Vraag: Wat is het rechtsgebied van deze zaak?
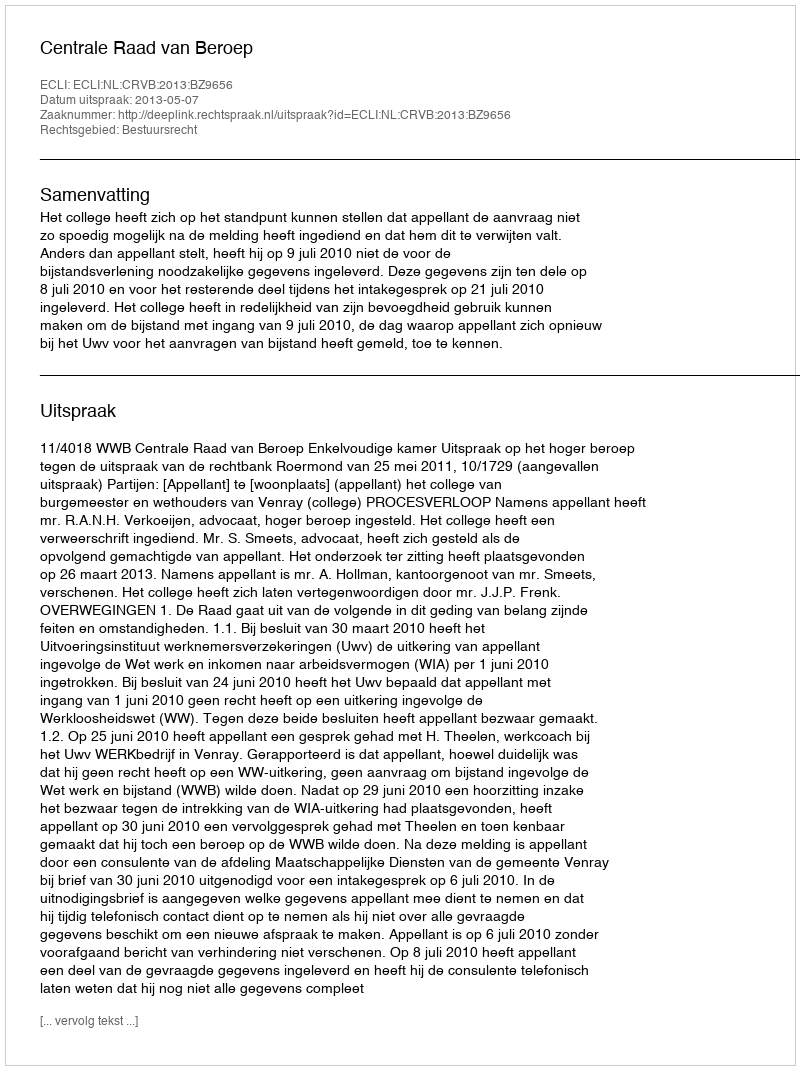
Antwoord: Bestuursrecht